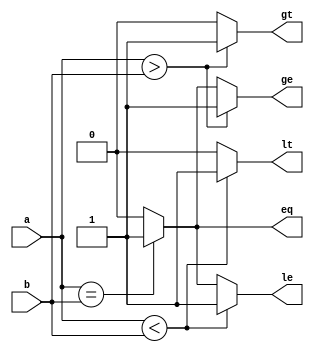
module ParameterizedComparator #(
    parameter WIDTH = 8  // Default bit-width
)(
    input  wire [WIDTH-1:0] a,   // Input a
    input  wire [WIDTH-1:0] b,   // Input b
    output reg  eq,               // Equality output
    output reg  gt,               // Greater than output
    output reg  lt,               // Less than output
    output reg  ge,               // Greater than or equal to output
    output reg  le                // Less than or equal to output
);

    // Always block to evaluate comparisons
    always @(*) begin
        // Initialize outputs to default values
        eq = 0;
        gt = 0;
        lt = 0;
        ge = 0;
        le = 0;

        // Comparison logic
        if (a == b) begin
            eq = 1;
            ge = 1; // a >= b is true
            le = 1; // a <= b is true
        end
        if (a > b) begin
            gt = 1;
            ge = 1; // a >= b is true
        end
        if (a < b) begin
            lt = 1;
            le = 1; // a <= b is true
        end
    end

endmodule